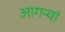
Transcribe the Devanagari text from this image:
आगऱ्यां